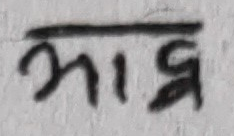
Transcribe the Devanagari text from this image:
भाद्र